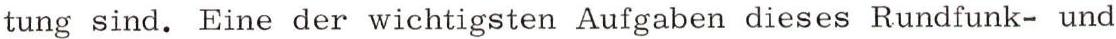
tung sind. Eine der wichtigsten Aufgaben dieses Rundfunk- und